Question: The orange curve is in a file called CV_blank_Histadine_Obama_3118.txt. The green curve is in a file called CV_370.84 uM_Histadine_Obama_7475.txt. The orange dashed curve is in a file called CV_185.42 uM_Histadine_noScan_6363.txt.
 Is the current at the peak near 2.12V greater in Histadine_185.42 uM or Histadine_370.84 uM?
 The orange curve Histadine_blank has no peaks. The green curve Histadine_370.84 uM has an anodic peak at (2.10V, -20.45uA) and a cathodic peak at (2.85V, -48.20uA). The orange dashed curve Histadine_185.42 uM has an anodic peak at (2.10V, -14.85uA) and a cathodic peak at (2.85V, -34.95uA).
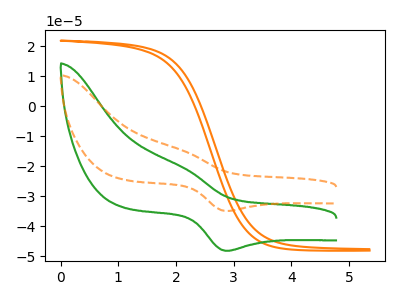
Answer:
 <answer>The peak at 2.12V is higher in "Histadine_185.42 uM" than in "Histadine_370.84 uM".</answer>
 <eval>higher</eval>